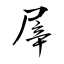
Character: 屖